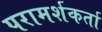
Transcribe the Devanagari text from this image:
परामर्शकर्ता